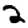
Digit: 2